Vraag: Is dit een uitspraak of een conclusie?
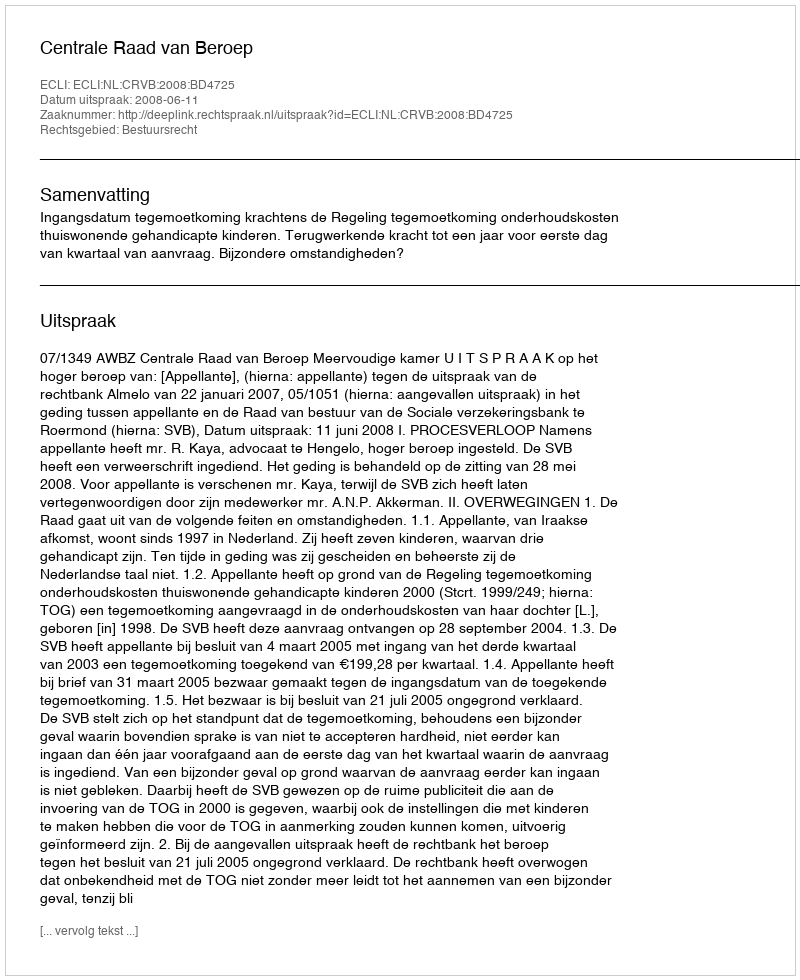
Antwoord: Uitspraak